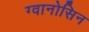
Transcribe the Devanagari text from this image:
ग्वानोसिन